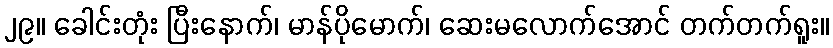
၂၉။ ခေါင်းတုံး ပြီးနောက်၊ မာန်ပိုမောက်၊ ဆေးမလောက်အောင် တက်တက်ရူး။